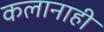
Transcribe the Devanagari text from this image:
कलानाही